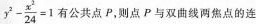
$$ y^{2}- \frac{x^{2}}{24}=1$$ 有公共点P，则点P与双曲线两焦点的连